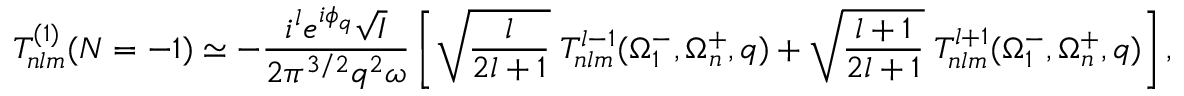
T _ { n l m } ^ { ( 1 ) } ( N = - 1 ) \simeq - \frac { i ^ { l } e ^ { i \phi _ { q } } \sqrt { I } } { 2 { \pi } ^ { 3 / 2 } q ^ { 2 } \omega } \left[ \sqrt { \frac { l } { 2 l + 1 } } \; { \cal T } _ { n l m } ^ { l - 1 } ( \Omega _ { 1 } ^ { - } , \Omega _ { n } ^ { + } , q ) + \sqrt { \frac { l + 1 } { 2 l + 1 } } \; { \cal T } _ { n l m } ^ { l + 1 } ( \Omega _ { 1 } ^ { - } , \Omega _ { n } ^ { + } , q ) \right] ,